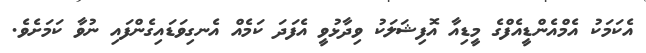
އެކަމަކު އެމްއެންޑީއެފްގެ މީޑިއާ އޮފިޝަލަކު ވިދާޅުވީ އެފަދަ ކަމެއް އެނގިވަޑައިގެންފައި ނުވާ ކަމަށެވެ.